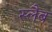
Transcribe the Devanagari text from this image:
स्‍लैब